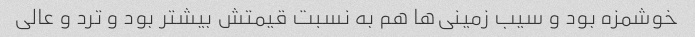
خوشمزه بود و سیب زمینی‌ها هم به نسبت قیمتش بیشتر بود و ترد و عالی